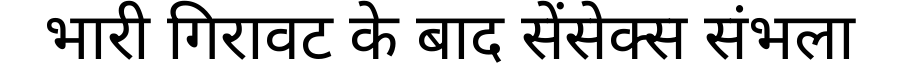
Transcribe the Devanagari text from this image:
भारी गिरावट के बाद सेंसेक्स संभला